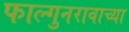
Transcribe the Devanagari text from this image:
फाल्गुनरावाच्या